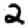
Digit: 2